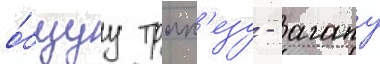
о́бщуу трап'езу - агапу